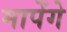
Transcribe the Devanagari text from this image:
मापेंगे